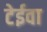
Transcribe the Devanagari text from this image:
टेईवा